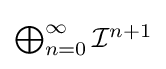
\textstyle \bigoplus _{n=0}^{\infty }{\mathcal {I}}^{n+1}